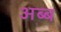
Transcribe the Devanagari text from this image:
अब्ब